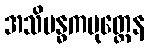
အသိဗန္ဓကပုတ္တေန